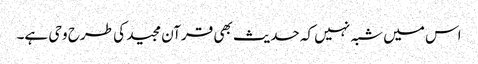
اس میں شبہ نہیں کہ حدیث بھی قرآن مجید کی طرح وحی ہے۔